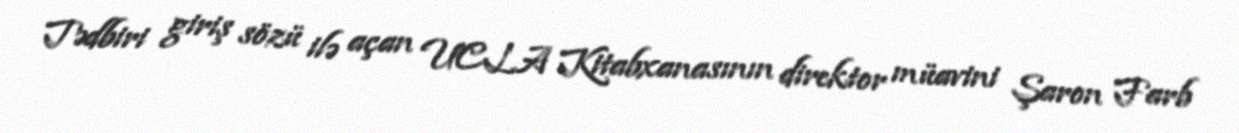
Tədbiri giriş sözü ilə açan UCLA Kitabxanasının direktor müavini Şaron Farb